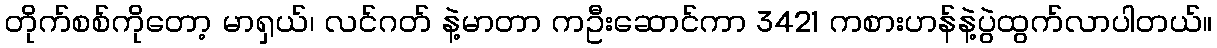
တိုက်စစ်ကိုတော့ မာရှယ်၊ လင်ဂတ် နဲ့မာတာ ကဦးဆောင်ကာ 3421 ကစားဟန်နဲ့ပွဲထွက်လာပါတယ်။